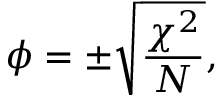
\phi = \pm { \sqrt { \frac { \chi ^ { 2 } } { N } } } ,